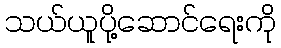
သယ်ယူပို့ဆောင်ရေးကို